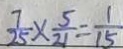
\frac { 7 } { 2 5 } \times \frac { 5 } { 2 1 } = \frac { 1 } { 1 5 }